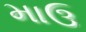
માઉ